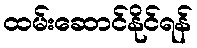
ထမ်းဆောင်နိုင်ရန်